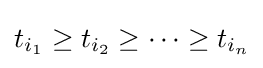
t_{i_{1}}\geq t_{i_{2}}\geq \dots \geq t_{i_{n}}